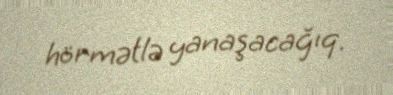
hörmətlə yanaşacağıq.